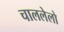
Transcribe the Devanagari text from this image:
चाललेलो